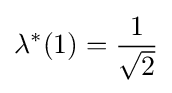
\lambda ^{*}(1)={\frac {1}{\sqrt {2}}}